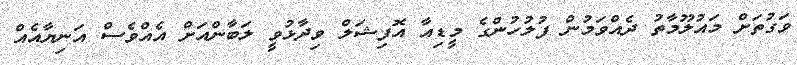
ވަގުތަށް މައުލޫމާތު ދެއްވަމުން ފުލުހުންގެ މީޑިއާ އޮފިޝަލް ވިދާޅުވީ ލަބާންއަށް އެއްވެސް އަނިޔާއެއް